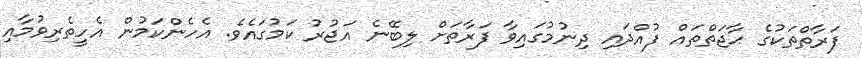
ފަރާތްތަކުގެ ޙާޖަތްތައް ފުއްދައި ދިނުމުގައިވާ ފަރާތަށް ލިބޭނެ އަޖުރު ކަމުގައެވެ. އެހެންކަމުން އެހީތެރިވުމާއި